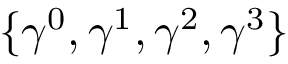
\{ \gamma ^ { 0 } , \gamma ^ { 1 } , \gamma ^ { 2 } , \gamma ^ { 3 } \}